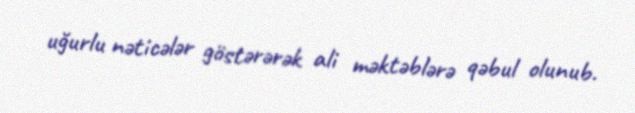
uğurlu nəticələr göstərərək ali məktəblərə qəbul olunub.